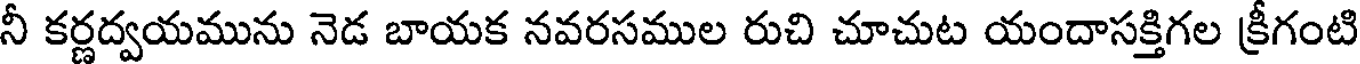
నీ కర్ణద్వయమును నెడ బాయక నవరసముల రుచి చూచుట యందాసక్తిగల క్రీగంటి